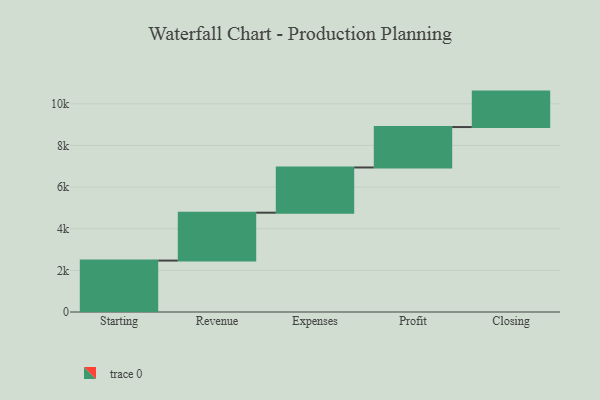
{"axis": {"x": "Step", "y": "Value"}, "legend": [""], "data": [{"x": "Starting", "y": 2470.0, "type": ""}, {"x": "Revenue", "y": 2300.0, "type": ""}, {"x": "Expenses", "y": 2172.0, "type": ""}, {"x": "Profit", "y": 1942.0, "type": ""}, {"x": "Closing", "y": 1702.0, "type": ""}]}